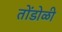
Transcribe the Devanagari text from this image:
तोंडोळी